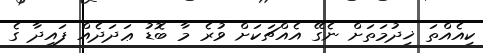
ކިއެއްތަ ޚިދުމަތަށް ނެގޭ އެއްޗަކަށް ވުރެ މާ ބޮޑު ޢަދަދެއް ފައިދާ ގެ